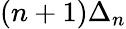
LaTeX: (n+1)\Delta_{n}